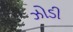
ઝોડી